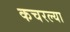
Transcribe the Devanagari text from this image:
कचरल्या